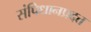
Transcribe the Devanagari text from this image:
संपिधानप्रदत्त